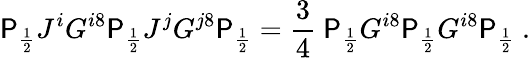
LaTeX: \P_{\frac{1}{2}}J^{i}G^{i8}\P_{\frac{1}{2}}J^{j}G^{j8}\P_{\frac{1}{2}}={\frac{3}{4}}\ \P_{\frac{1}{2}}G^{i8}\P_{\frac{1}{2}}G^{i8}\P_{\frac{1}{2}}\ .